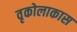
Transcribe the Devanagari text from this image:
वृकोलाकास